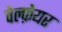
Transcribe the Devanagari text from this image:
वेल्फ़ेयर